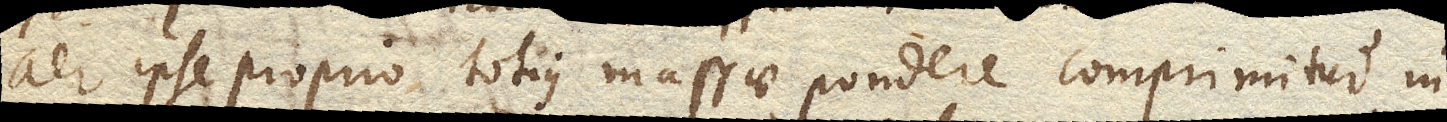
aer ipse proprio totius massae pondere comprimitur in